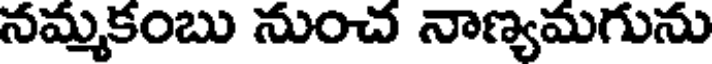
నమ్మకంబు నుంచ నాణ్యమగును